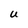
Character: U